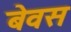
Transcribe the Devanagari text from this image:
बेवस